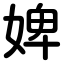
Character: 婢